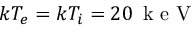
k T _ { e } = k T _ { i } = 2 0 \, \mathrm { ~ k ~ e ~ V ~ }